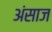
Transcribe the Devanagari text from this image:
अंसाज